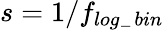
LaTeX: s=1/f_{\textit{log\_ bin}}